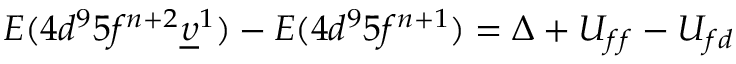
E ( 4 d ^ { 9 } 5 f ^ { n + 2 } \underline { { \upsilon } } ^ { 1 } ) - E ( 4 d ^ { 9 } 5 f ^ { n + 1 } ) = \Delta + U _ { f f } - U _ { f d }